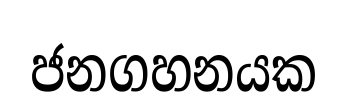
ජනගහනයක